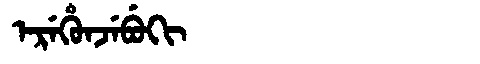
Manchu: ᡝᡵᡝᡥᡠᠨᠵᡝᠪᡠᡴᡳ
Romanization: EREHUNJEBUKI